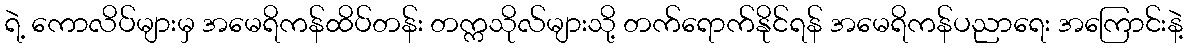
ရဲ့ ကောလိပ်များမှ အမေရိကန်ထိပ်တန်း တက္ကသိုလ်များသို့ တက်ရောက်နိုင်ရန် အမေရိကန်ပညာရေး အကြောင်းနဲ့